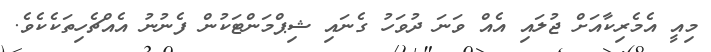
މިއީ އެމެރިކާއަށް ޖުލައި އެއް ވަނަ ދުވަހު ގެނައި ޝިޕްމަންޓަކުން ފެނުނު އެއްޗެހިތަކެކެވެ.